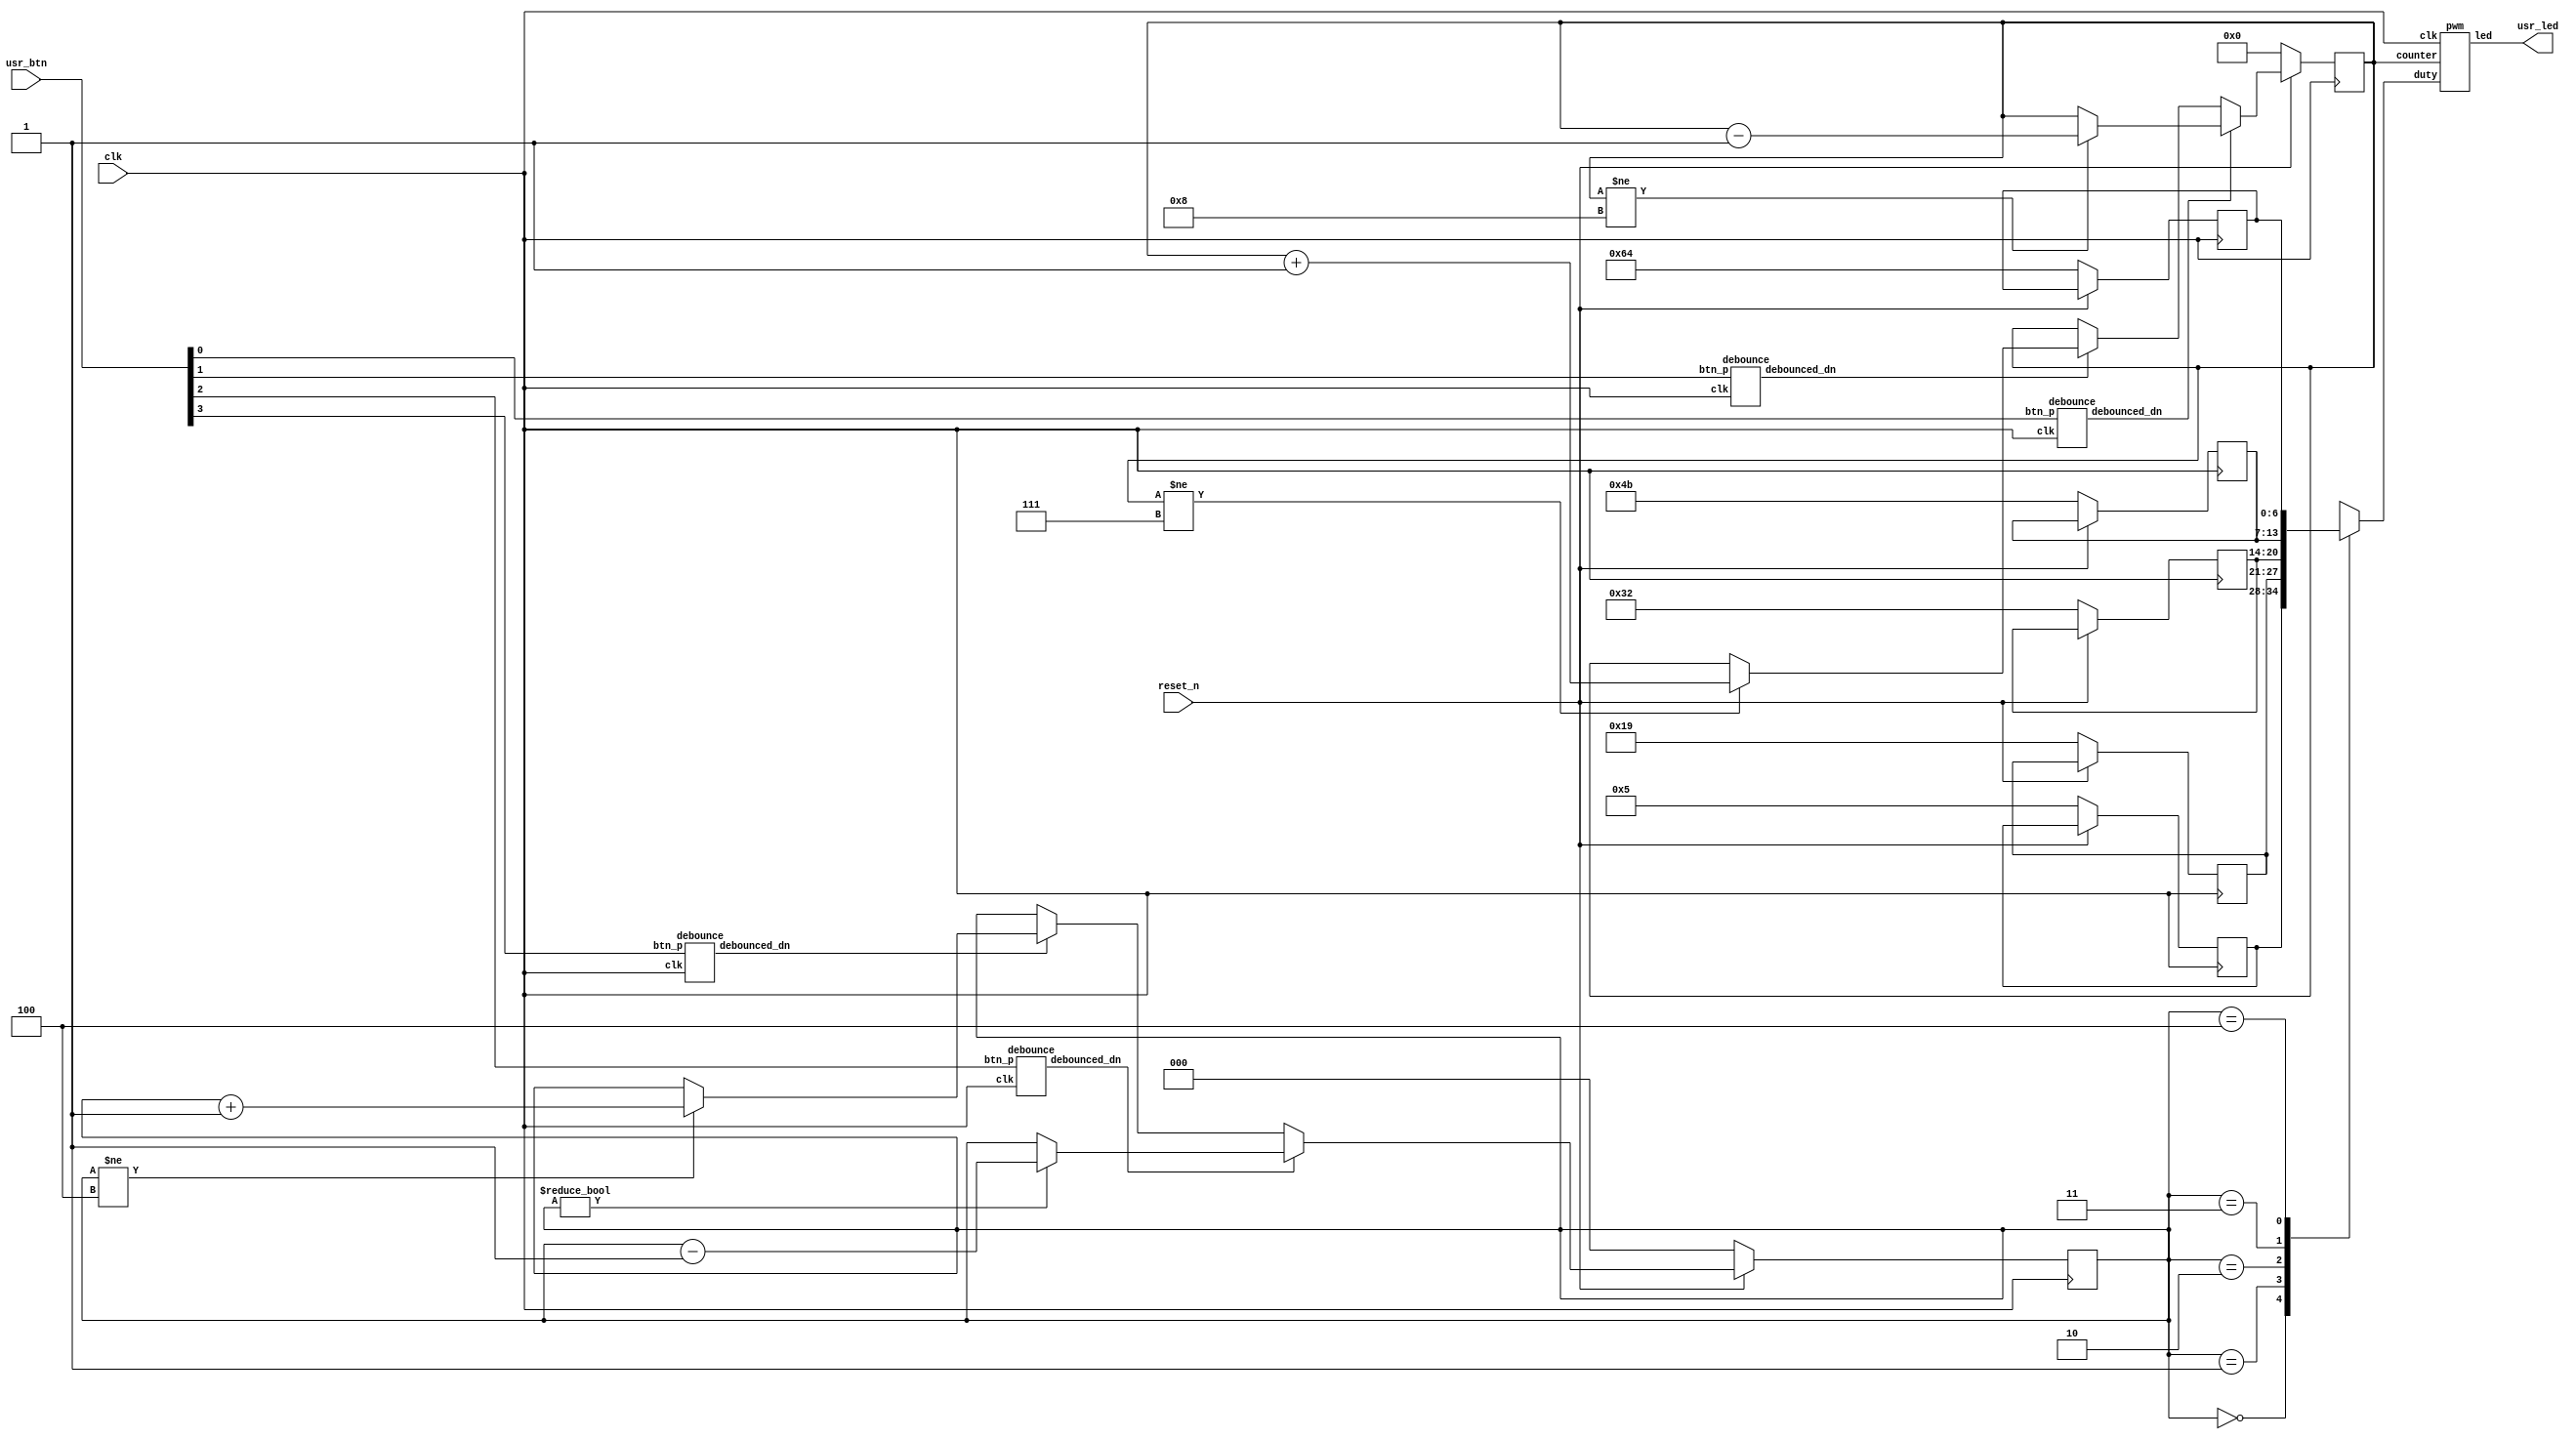
`timescale 1ns / 1ps

module lab4(
    input clk,
	input reset_n,
	input [3:0] usr_btn,
	output [3:0] usr_led
);
    
    wire [3:0] pb_d;
	reg [6:0]  brightness[0:4]; 
    reg [2:0]  val;
    reg [3:0]  counter;
   	
	debounce debounce_btn0(.clk(clk), .btn_p(usr_btn[0]), .debounced_dn(pb_d[0]));
	debounce debounce_btn1(.clk(clk), .btn_p(usr_btn[1]), .debounced_dn(pb_d[1]));
	debounce debounce_btn2(.clk(clk), .btn_p(usr_btn[2]), .debounced_dn(pb_d[2]));    	
	debounce debounce_btn3(.clk(clk), .btn_p(usr_btn[3]), .debounced_dn(pb_d[3]));

	  always @ (posedge clk) 
	  begin
	      if(~reset_n) 
	      begin
		      brightness[0] <= 7'd5; 
		      brightness[1] <= 7'd25; 
		      brightness[2] <= 7'd50; 
		      brightness[3] <= 7'd75; 
		      brightness[4] <= 7'd100; 
              counter <= 0;
              val <= 0;
	      end 
		  else begin
            
            //-----------Storing the state of the led brightness------------
            if(pb_d[0]) 
                begin
                    if(counter != 4'b1000)
                        counter <= counter - 1;
                end 
            else if(pb_d[1]) 
                begin
                    if(counter != 4'b0111)
                        counter <= counter + 1;
                end
            //--------------------------------------------------------------

            //-----------Storing the state of the number (4 bit)------------
                if (pb_d[2]) begin
                    if(val != 3'b000)
                        val <= val - 1;
                end	  
                else if (pb_d[3]) begin
                    if(val != 3'b100)
                        val <= val + 1;
                end
            //--------------------------------------------------------------

         end
	end
   
	pwm led(.clk(clk), .duty(brightness[val]), .counter(counter), .led(usr_led));
    // "duty" is used to store current brightness state, while "counter" is to store the current number.

endmodule

module pwm (
    input            clk,
    input [6:0]      duty,
    input [3:0]      counter,
    output reg [3:0] led  
);

    reg [20-1:0]  cnt = 0;
    reg [20-1:0]  ticks = 20'd1000000;

    //-------------------- Generating a PWM cycle ------------------
    always @ (posedge clk) begin
       if (cnt >= ticks)
           cnt <= 0;
       else
           cnt <= cnt + 1;
    end
    //--------------------------------------------------------------

    always @ (posedge clk) begin
       led <= counter & {4{(cnt <= ticks * duty / 100)}};
       // the second "<=" is an equality symbol!
       // dividing 100 is due to the requirements : 5%, 25%, 50%, 75%, 100%
    end  
endmodule


module debounce(
    input clk,
    input btn_p,
    output debounced_dn
    );

    // sync with clock and combat metastability
    reg state;
    reg [3:0] shifter;
    // 2.6 ms counter at 100 MHz
    reg [18:0] counter;

    always @(posedge clk) begin
        shifter = {shifter[2:0], btn_p};
    end

    always @(posedge clk) begin
        if (state == shifter[3])
            counter <= 0;
        else begin
            counter <= counter + 1;
            if (&counter)
                state <= ~state;
        end
    end

    assign debounced_dn = ~(state == shifter[3]) & (&counter) & ~state;
    
endmodule